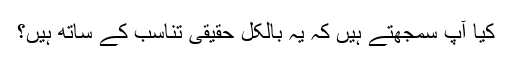
کیا آپ سمجھتے ہیں کہ یہ بالکل حقیقی تناسب کے ساتھ ہیں؟